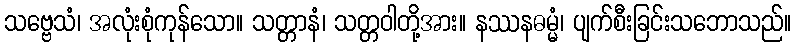
သဗ္ဗေသံ၊ အလုံးစုံကုန်သော။ သတ္တာနံ၊ သတ္တဝါတို့အား။ နဿနဓမ္မံ၊ ပျက်စီးခြင်းသဘောသည်။